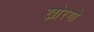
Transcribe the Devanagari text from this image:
ख़ोरगो